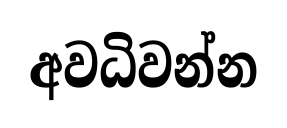
අවධිවන්න